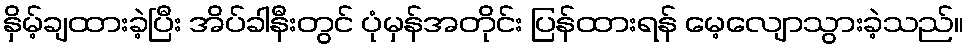
နှိမ့်ချထားခဲ့ပြီး အိပ်ခါနီးတွင် ပုံမှန်အတိုင်း ပြန်ထားရန် မေ့လျောသွားခဲ့သည်။